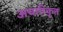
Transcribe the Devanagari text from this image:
अचारिकृत